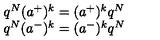
\begin{array} { c } { q ^ { N } ( a ^ { + } ) ^ { k } = ( a ^ { + } ) ^ { k } q ^ { N } } \\ { q ^ { N } ( a ^ { - } ) ^ { k } = ( a ^ { - } ) ^ { k } q ^ { N } } \\ \end{array}